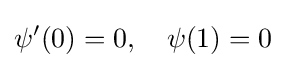
\psi '(0)=0,\quad \psi (1)=0